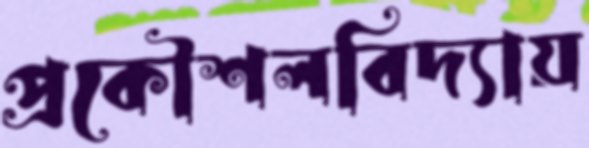
প্রকৌশলবিদ্যায়